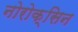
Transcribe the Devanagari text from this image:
नोरोक्सिन